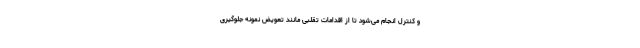
و کنترل انجام می‌شود تا از اقدامات تقلبی مانند تعویض نمونه جلوگیری